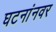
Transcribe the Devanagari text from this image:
घटनांनवर